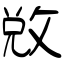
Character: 敚